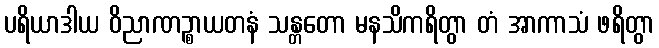
ပရိယာဒါယ ဝိညာဏဉ္စာယတနံ သန္တတော မနသိကရိတွာ တံ အာကာသံ ဖရိတွာ